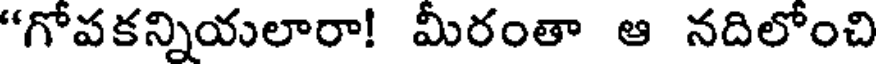
"గోపకన్నియలారా! మీరంతా ఆ నదిలోంచి